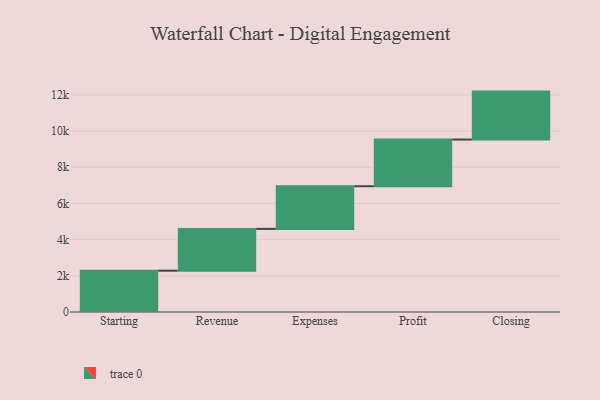
{"axis": {"x": "Step", "y": "Value"}, "legend": [""], "data": [{"x": "Starting", "y": 2283.0, "type": ""}, {"x": "Revenue", "y": 2310.0, "type": ""}, {"x": "Expenses", "y": 2358.0, "type": ""}, {"x": "Profit", "y": 2579.0, "type": ""}, {"x": "Closing", "y": 2650.0, "type": ""}]}